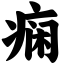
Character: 痫